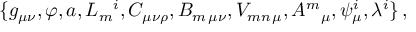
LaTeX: \{ g _ { \mu \nu } , \varphi , a , L _ { m } { } ^ { i } , C _ { \mu \nu \rho } , B _ { m \, \mu \nu } , V _ { m n \, \mu } , A ^ { m } { } _ { \mu } , \psi _ { \mu } ^ { i } , \lambda ^ { i } \} \, ,